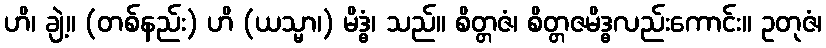
ဟိ၊ ချဲ့။ (တစ်နည်း) ဟိ (ယသ္မာ၊) မိဒ္ဓံ၊ သည်။ စိတ္တဇံ၊ စိတ္တဇမိဒ္ဓလည်းကောင်း။ ဥတုဇံ၊